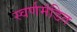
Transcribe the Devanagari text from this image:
स्वर्णमंडित